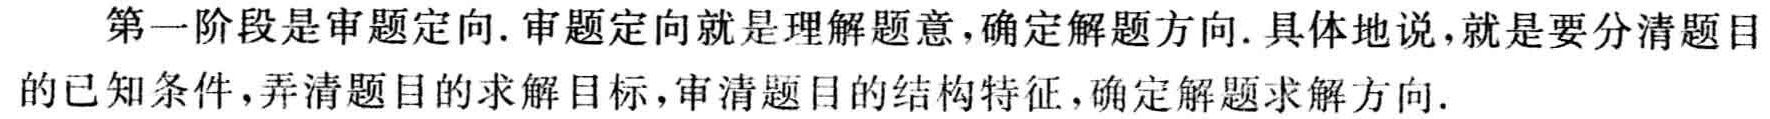
第一阶段是审题定向. 审题定向就是理解题意,确定解题方向. 具体地说,就是要分清题目的已知条件,弄清题目的求解目标,审清题目的结构特征,确定解题求解方向.